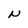
Character: N